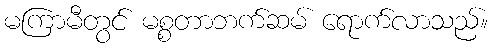
မကြာမီတွင် မစ္စတာဘက်ဆမ် ရောက်လာသည်။